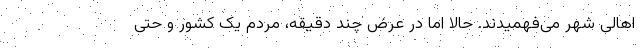
اهالی شهر می‌فهمیدند. حالا اما در عرض چند دقیقه، مردم یک کشور و حتی